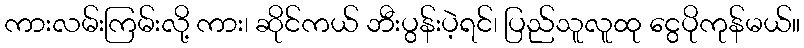
ကားလမ်းကြမ်းလို့ ကား၊ ဆိုင်ကယ် ဘီးပွန်းပဲ့ရင်၊ ပြည်သူလူထု ငွေပိုကုန်မယ်။